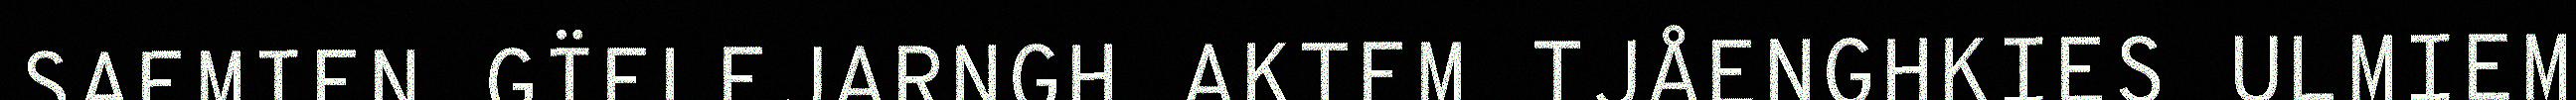
SAEMIEN GÏELEJARNGH AKTEM TJÅENGHKIES ULMIEM